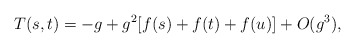
\begin{align*}T(s,t)=-g+g^2[f(s)+f(t)+f(u)]+O(g^3),\end{align*}